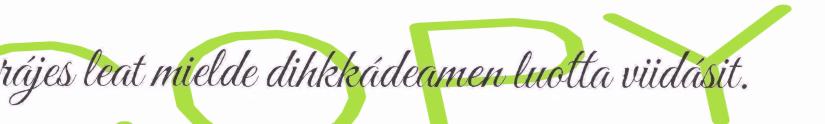
rájes leat mielde dihkkádeamen luotta viidásit.